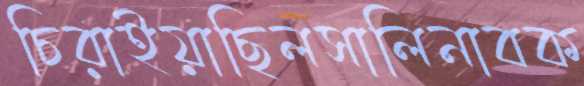
চিরাইয়াছিলসালিনাবক